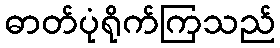
ဓာတ်ပုံရိုက်ကြသည်